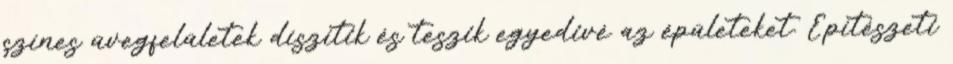
színes üvegfelületek díszítik és teszik egyedivé az épületeket. Építészeti